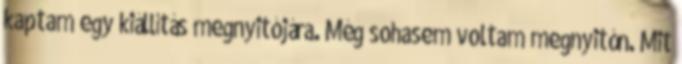
kaptam egy kiállítás megnyitójára. Még sohasem voltam megnyitón. Mit